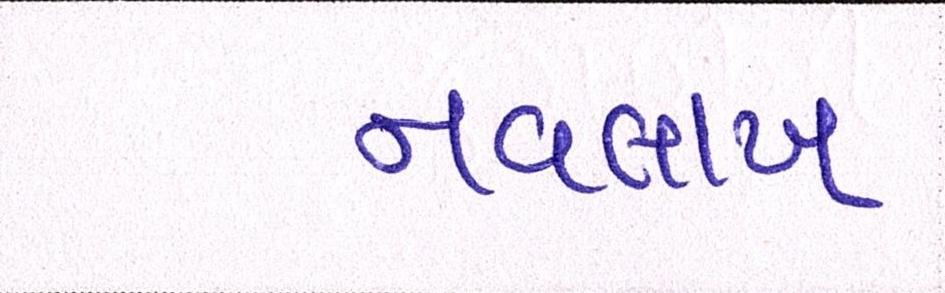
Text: નવલાખ